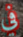
في